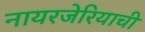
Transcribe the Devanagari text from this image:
नायरजेरियाची